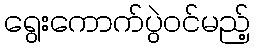
ရွေးကောက်ပွဲဝင်မည့်